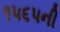
૧૫૬૫ની